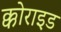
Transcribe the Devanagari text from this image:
क्कोराइड